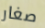
صغار